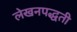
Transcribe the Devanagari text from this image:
लेखनपद्धती